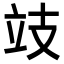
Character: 攱